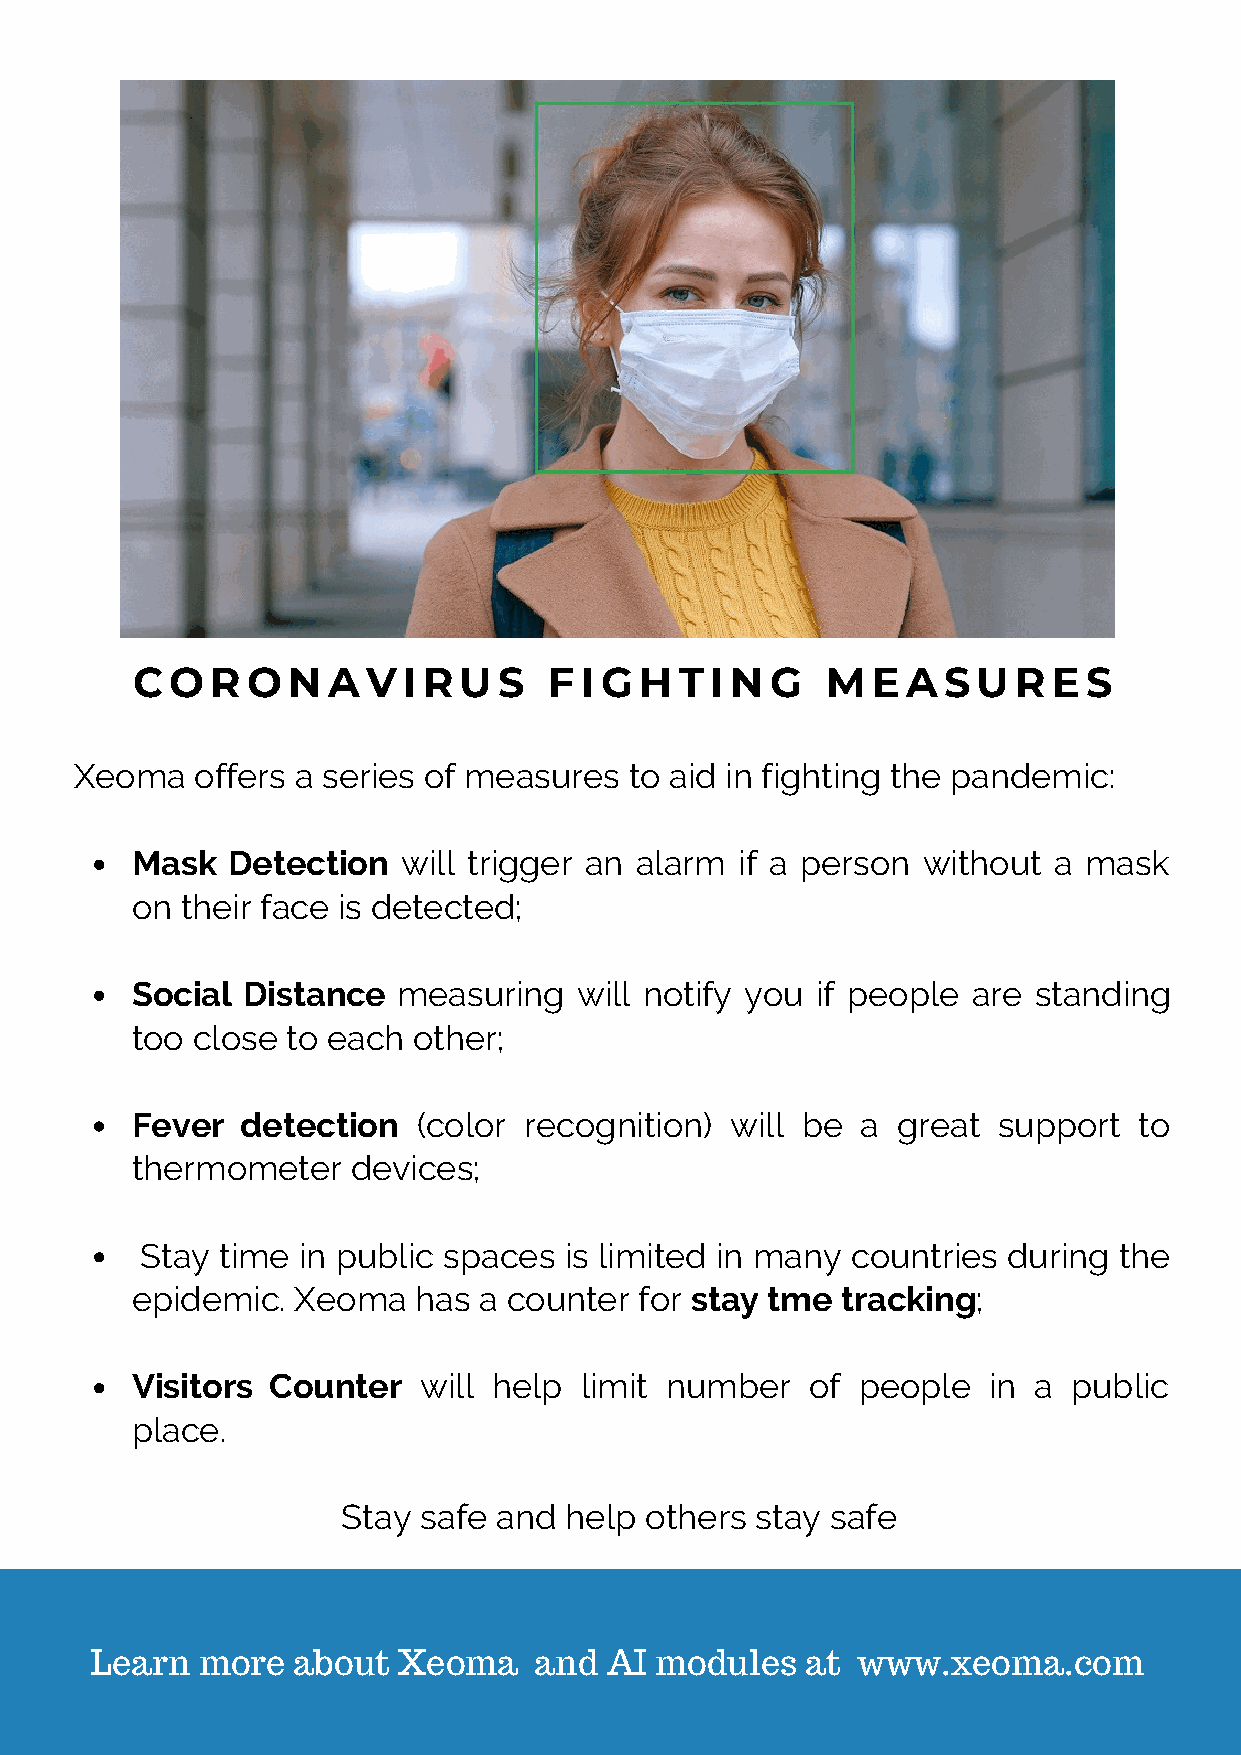
CORONAVIRUS                FIGHTING           MEASURES
 Xeoma   offers a series of measures  to aid in fighting the pandemic:
 Mask  Detection   will trigger an alarm if a person without  a mask
 on their face is detected;
 Social Distance  measuring   will notify you if people are standing
 too close to each other;
 Fever  detection   (color recognition) will be  a great  support  to
 thermometer   devices;
 Stay  time in public spaces is limited in many countries  during the
 epidemic. Xeoma   has  a counter for stay tme  tracking;
 Visitors Counter   will help limit number    of people  in a  public
 place.
 Stay safe and help  others stay safe
 Learn  more  about  Xeoma    and  AI modules   at  www.xeoma.com